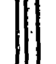
॥